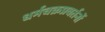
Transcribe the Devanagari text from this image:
धर्मचक्रप्रवर्तनों